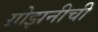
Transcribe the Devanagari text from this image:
ग्रोझनीची